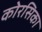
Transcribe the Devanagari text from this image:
कोरसिका